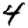
Digit: 4